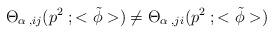
LaTeX: \begin{align*}{\Theta}_{{\alpha}\;,ij}(p^2\;;<{\tilde \phi}>) \neq {\Theta}_{{\alpha}\;,ji}(p^2\;;<{\tilde \phi}>)\end{align*}